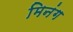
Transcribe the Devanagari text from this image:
मिनंग